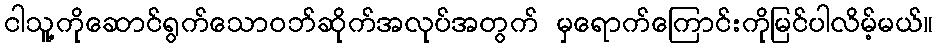
ငါသူ့ကိုဆောင်ရွက်သောဝဘ်ဆိုက်အလုပ်အတွက် မှရောက်ကြောင်းကိုမြင်ပါလိမ့်မယ်။